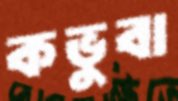
কভুবা